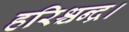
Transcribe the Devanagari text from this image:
हरिश्चन्द्र।